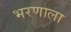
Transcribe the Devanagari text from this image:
भरणाला